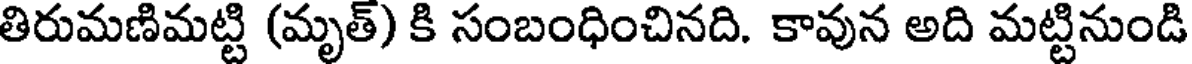
తిరుమణిమట్టి (మృత్) కి సంబంధించినది. కావున అది మట్టినుండి